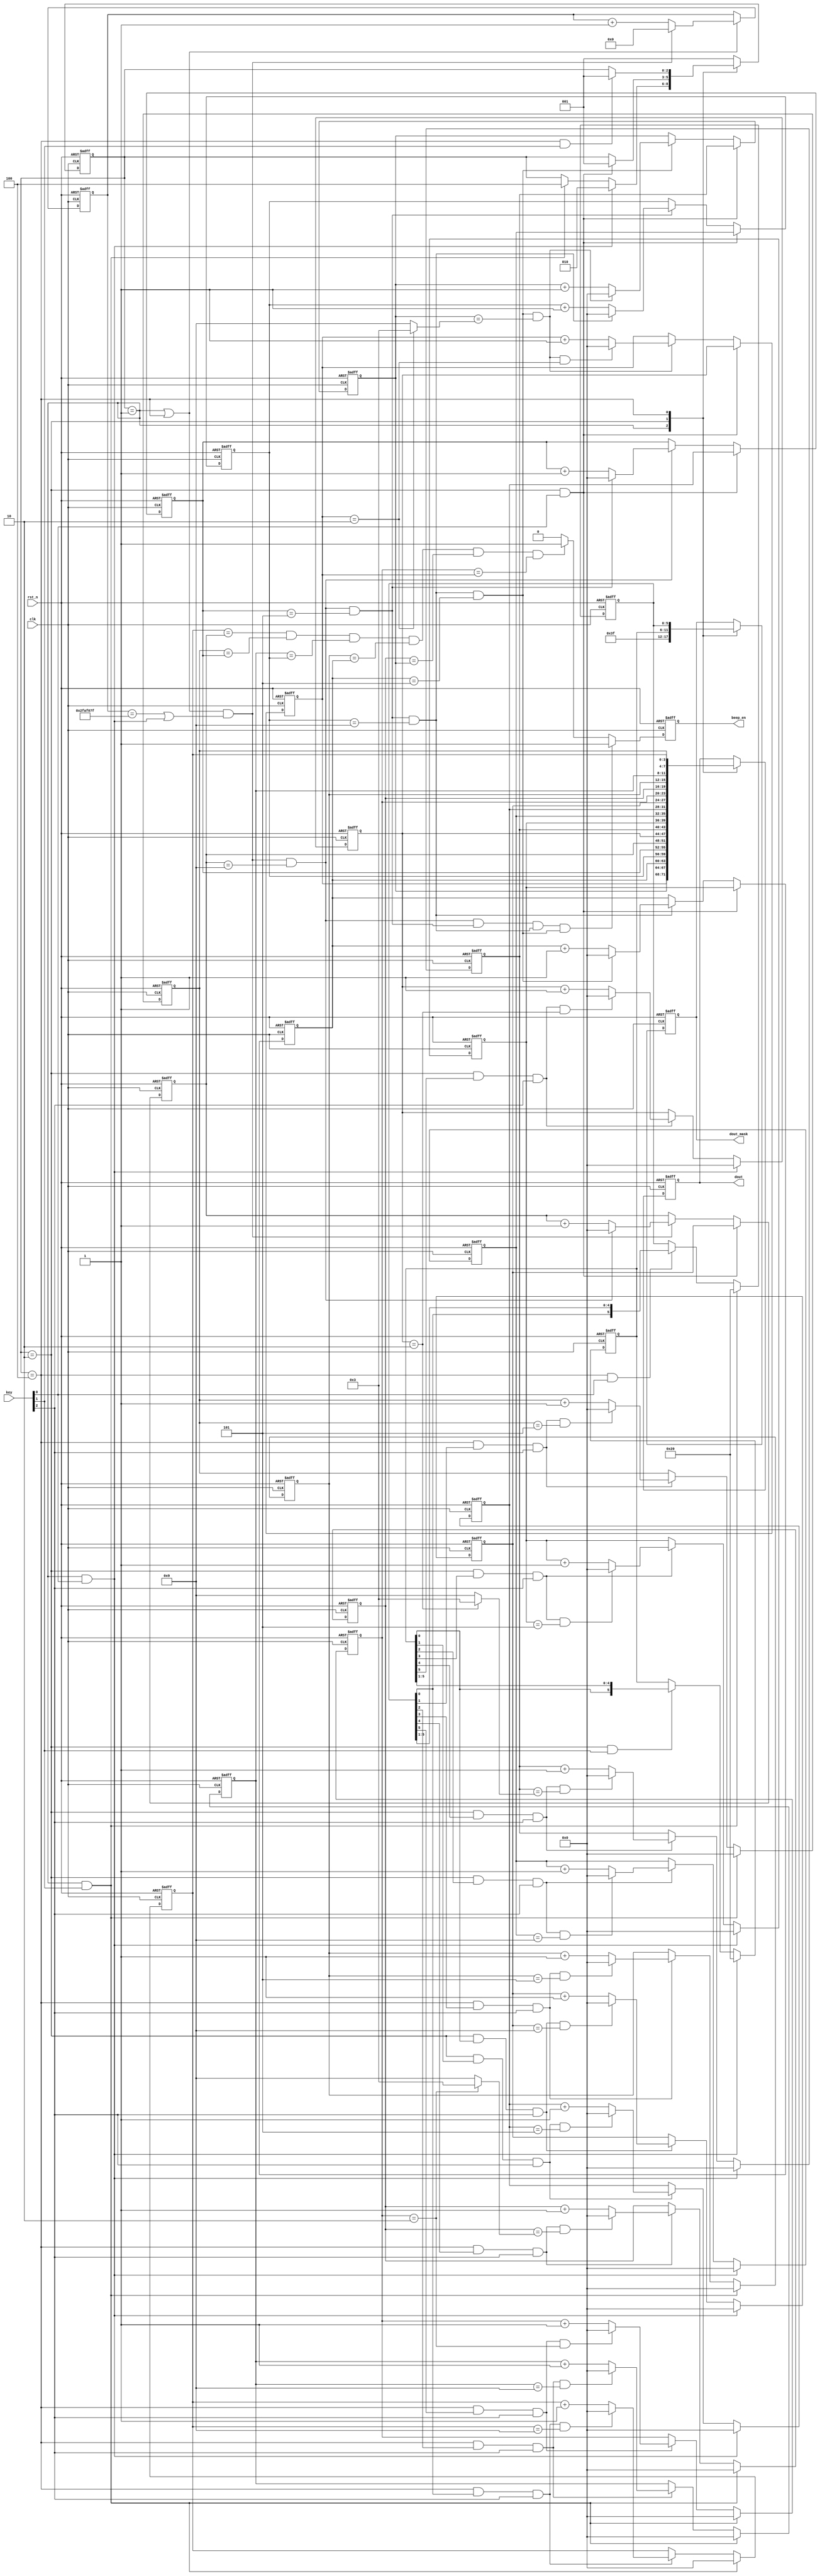
module clock  (
    input                       clk        ,     
    input                       rst_n      ,     
    input       [2:0]           key        ,     
    output  reg [23:0]          dout       ,
    output  reg [5:0]           dout_mask  ,
    output  reg                 beep_en     // 

);

/*************************************************************************			
Description:   IDLE
1key[0]:key[1]:
   key[2]:key[0]:
2key[1]:key[0]:
   key[2]:key[1]
3
*********************************************************************************/

parameter   TIME_1S = 5000_0000        ;
parameter   CURRENT_TIME = 24'h10_00_00;//
parameter   ALARM_TIME   = 24'h10_02_00;//

//
    localparam  IDLE      = 3'b001,//
                SET_TIME  = 3'b010,//
                SET_ALARM = 3'b100;//

//
reg     [2:0]     state_c     ;
reg     [2:0]     state_n     ;

reg     [25:0]    cnt_1s      ;//1s
wire              add_cnt_1s  ;
wire              end_cnt_1s  ;

reg   [3:0]       cnt_s_g      ;//
wire              add_cnt_s_g  ;
wire              end_cnt_s_g  ;
     
reg   [3:0]       cnt_s_s      ;//s
wire              add_cnt_s_s  ;
wire              end_cnt_s_s  ;
     
reg   [3:0]       cnt_m_g      ;//
wire              add_cnt_m_g  ;
wire              end_cnt_m_g  ;
     
reg   [3:0]       cnt_m_s      ;//s
wire              add_cnt_m_s  ;
wire              end_cnt_m_s  ;
     
reg   [3:0]       cnt_h_g      ;//
wire              add_cnt_h_g  ;
wire              end_cnt_h_g  ;
    
reg   [3:0]       cnt_h_s      ;//s
wire              add_cnt_h_s  ;
wire              end_cnt_h_s  ;

reg   [3:0]       set_s_g      ;// 
wire              add_set_s_g  ;
wire              end_set_s_g  ; 
reg   [3:0]       set_s_s      ;// 
wire              add_set_s_s  ;
wire              end_set_s_s  ;   
reg   [3:0]       set_m_g      ;//
wire              add_set_m_g  ;
wire              end_set_m_g  ;     
reg   [3:0]       set_m_s      ;//
wire              add_set_m_s  ;
wire              end_set_m_s  ;    
reg   [3:0]       set_h_g      ;//
wire              add_set_h_g  ;
wire              end_set_h_g  ;    
reg   [3:0]       set_h_s      ;//  
wire              add_set_h_s  ;
wire              end_set_h_s  ;  
reg   [5:0]       set_flag     ;//

reg   [3:0]       alarm_s_g    ;//
wire              add_alarm_s_g; 
wire              end_alarm_s_g; 
reg   [3:0]       alarm_s_s    ;//
wire              add_alarm_s_s; 
wire              end_alarm_s_s;    
reg   [3:0]       alarm_m_g    ;// 
wire              add_alarm_m_g; 
wire              end_alarm_m_g;    
reg   [3:0]       alarm_m_s    ;//
wire              add_alarm_m_s; 
wire              end_alarm_m_s;    
reg   [3:0]       alarm_h_g    ;//
wire              add_alarm_h_g; 
wire              end_alarm_h_g;    
reg   [3:0]       alarm_h_s    ;//
wire              add_alarm_h_s; 
wire              end_alarm_h_s;    
reg   [5:0]       alarm_flag   ;//

wire              idle2set_time   ;
wire              idle2set_alarm  ;
wire              set_time2idle   ;
wire              set_alaram2idle ;

//
always @(posedge clk or negedge rst_n)begin 
    if(!rst_n)begin
        state_c <= IDLE;
    end 
    else begin 
        state_c <= state_n;
    end 
end

always @(*)begin 
    case(state_c)
        IDLE     :begin 
            if(idle2set_time)
                state_n = SET_TIME;
            else if(idle2set_alarm)
                state_n = SET_ALARM;
            else 
                state_n = state_c;
        end 
        SET_TIME :begin 
            if(set_time2idle)
                state_n = IDLE;
            else 
                state_n = state_c;
        end 
        SET_ALARM:begin 
            if(set_alaram2idle)
                state_n = IDLE;
            else 
                state_n = state_c;
        end 
        default:state_n = IDLE;
    endcase 
end

assign idle2set_time   = state_c == IDLE      && (key[0]);  
assign idle2set_alarm  = state_c == IDLE      && (key[1]);  
assign set_time2idle   = state_c == SET_TIME  && (key[0]);  
assign set_alaram2idle = state_c == SET_ALARM && (key[1]);  

//
always @(posedge clk or negedge rst_n)begin 
    if(!rst_n)begin
        cnt_1s <= 0;
    end 
    else if(add_cnt_1s)begin 
        if(end_cnt_1s)begin 
            cnt_1s <= 0;
        end
        else begin 
            cnt_1s <= cnt_1s + 1;
        end 
    end
end 
assign add_cnt_1s = state_c == IDLE | state_c == SET_ALARM;//
assign end_cnt_1s = add_cnt_1s && (cnt_1s == TIME_1S-1 | idle2set_time);//


always @(posedge clk or negedge rst_n)begin 
   if(!rst_n)begin
        cnt_s_g <= CURRENT_TIME[3:0];
    end
    else if(set_time2idle)begin //
        cnt_s_g <= set_s_g;
    end 
    else if(add_cnt_s_g)begin 
            if(end_cnt_s_g)begin 
                cnt_s_g <= 0;
            end
            else begin 
                cnt_s_g <= cnt_s_g + 1;
            end 
    end
   else  begin
       cnt_s_g <= cnt_s_g;
    end
end 

assign add_cnt_s_g = end_cnt_1s;
assign end_cnt_s_g = add_cnt_s_g && cnt_s_g == 9;

//
always @(posedge clk or negedge rst_n)begin 
   if(!rst_n)begin
        cnt_s_s <= CURRENT_TIME[7:4];
    end 
    else if(set_time2idle)begin //
        cnt_s_s <= set_s_s;
    end 
    else if(add_cnt_s_s)begin 
            if(end_cnt_s_s)begin 
                cnt_s_s <= 0;
            end
            else begin 
                cnt_s_s <= cnt_s_s + 1;
            end 
    end
   else  begin
       cnt_s_s <= cnt_s_s;
    end
end 

assign add_cnt_s_s = end_cnt_s_g;
assign end_cnt_s_s = add_cnt_s_s && cnt_s_s == 5;

//
always @(posedge clk or negedge rst_n)begin 
   if(!rst_n)begin
        cnt_m_g <= CURRENT_TIME[11:8];
    end
    else if(set_time2idle)begin //
        cnt_m_g <= set_m_g;
    end  
    else if(add_cnt_m_g)begin 
            if(end_cnt_m_g)begin 
                cnt_m_g <= 0;
            end
            else begin 
                cnt_m_g <= cnt_m_g + 1;
            end 
    end
   else  begin
       cnt_m_g <= cnt_m_g;
    end
end 

assign add_cnt_m_g = end_cnt_s_s;
assign end_cnt_m_g = add_cnt_m_g && cnt_m_g == 9;

always @(posedge clk or negedge rst_n)begin 
   if(!rst_n)begin
        cnt_m_s <= CURRENT_TIME[15:12];
    end 
    else if(set_time2idle)begin //
        cnt_m_s <= set_m_s;
    end 
    else if(add_cnt_m_s)begin 
            if(end_cnt_m_s)begin 
                cnt_m_s <= 0;
            end
            else begin 
                cnt_m_s <= cnt_m_s + 1;
            end 
    end
   else  begin
       cnt_m_s <= cnt_m_s;
    end
end 

assign add_cnt_m_s = end_cnt_m_g;
assign end_cnt_m_s = add_cnt_m_s && cnt_m_s == 5;

always @(posedge clk or negedge rst_n)begin 
   if(!rst_n)begin
        cnt_h_g <= CURRENT_TIME[19:16];
    end 
    else if(set_time2idle)begin //
        cnt_h_g <= set_h_g;
    end 
    else if(add_cnt_h_g)begin 
            if(end_cnt_h_g)begin 
                cnt_h_g <= 0;
            end
            else begin 
                cnt_h_g <= cnt_h_g + 1;
            end 
    end
   else  begin
       cnt_h_g <= cnt_h_g;
    end
end 

assign add_cnt_h_g = end_cnt_m_s;
assign end_cnt_h_g = add_cnt_h_g && (cnt_h_g == ((cnt_h_s == 2)?3:9));

//
always @(posedge clk or negedge rst_n)begin 
   if(!rst_n)begin
        cnt_h_s <= CURRENT_TIME[23:20];
    end 
    else if(set_time2idle)begin //
        cnt_h_s <= set_h_s;
    end 
    else if(add_cnt_h_s)begin 
            if(end_cnt_h_s)begin 
                cnt_h_s <= 0;
            end
            else begin 
                cnt_h_s <= cnt_h_s + 1;
            end 
    end
   else  begin
       cnt_h_s <= cnt_h_s;
    end
end 

assign add_cnt_h_s = end_cnt_h_g;
assign end_cnt_h_s = add_cnt_h_s && cnt_h_s == 2;


//set_flag   ,,,key[1]0.5s0.5s
always @(posedge clk or negedge rst_n)begin 
    if(!rst_n)begin
        set_flag <= 6'b00_0000;
    end                                                       //3
    else if(idle2set_time)begin                               //
        set_flag <= 6'b100_000;//           //
    end                                                       //                                                             
    else if(state_c == SET_TIME && key[1])begin  //key[1]
        set_flag <= {set_flag[0],set_flag[5:1]};//
    end 

end

//set_s_g   set_s_s  set_m_g  set_m_s  set_h_g   set_h_s 

//key[2]
always @(posedge clk or negedge rst_n)begin 
    if(!rst_n)begin
        set_s_g <= 0;
    end 
    else if(idle2set_time)begin 
        set_s_g <= 0;
    end 
    else if(add_set_s_g)begin 
            if(end_set_s_g)begin 
                set_s_g <= 0;
            end
            else begin 
                set_s_g <= set_s_g + 1;
            end 
    end
    else  begin
       set_s_g <= set_s_g;
    end
end                                       
assign add_set_s_g = state_c == SET_TIME && set_flag[0] && key[2];
assign end_set_s_g = add_set_s_g && set_s_g == 9;

//key[2]
always @(posedge clk or negedge rst_n)begin 
    if(!rst_n)begin
        set_s_s <= 0;
    end 
    else if(idle2set_time)begin 
        set_s_s <= 0;
    end 
    else if(add_set_s_s)begin 
            if(end_set_s_s)begin 
                set_s_s <= 0;
            end
            else begin 
                set_s_s <= set_s_s + 1;
            end 
    end
    else  begin
       set_s_s <= set_s_s;
    end
end 
assign add_set_s_s = state_c == SET_TIME && set_flag[1] && key[2];
assign end_set_s_s = add_set_s_s && set_s_s == 5;

//key[2]
always @(posedge clk or negedge rst_n)begin 
    if(!rst_n)begin
        set_m_g <= 0;
    end 
    else if(idle2set_time)begin 
        set_m_g <= 0;
    end 
    else if(add_set_m_g)begin 
            if(end_set_m_g)begin 
                set_m_g <= 0;
            end
            else begin 
                set_m_g <= set_m_g + 1;
            end 
    end
    else  begin
       set_m_g <= set_m_g;
    end
end 
assign add_set_m_g = state_c == SET_TIME && set_flag[2] && key[2];
assign end_set_m_g = add_set_m_g && set_m_g == 9;

//key[2]
always @(posedge clk or negedge rst_n)begin 
    if(!rst_n)begin
        set_m_s <= 0;
    end 
    else if(idle2set_time)begin 
        set_m_s <= 0;
    end 
    else if(add_set_m_s)begin 
            if(end_set_m_s)begin 
                set_m_s <= 0;
            end
            else begin 
                set_m_s <= set_m_s + 1;
            end 
    end
    else  begin
       set_m_s <= set_m_s;
    end
end 
assign add_set_m_s = state_c == SET_TIME && set_flag[3] && key[2];
assign end_set_m_s = add_set_m_s && set_m_s == 5;

//key[2]
always @(posedge clk or negedge rst_n)begin 
    if(!rst_n)begin
        set_h_g <= 0;
    end 
    else if(idle2set_time)begin 
        set_h_g <= 0;
    end 
    else if(add_set_h_g)begin 
            if(end_set_h_g)begin 
                set_h_g <= 0;
            end
            else begin 
                set_h_g <= set_h_g + 1;
            end 
    end
    else  begin
       set_h_g <= set_h_g;
    end
end 
assign add_set_h_g = state_c == SET_TIME && set_flag[4] && key[2];
assign end_set_h_g = add_set_h_g && (set_h_g == ((set_h_s == 2)?3:9)) ;


//key[2]
always @(posedge clk or negedge rst_n)begin 
    if(!rst_n)begin
        set_h_s <= 0;
    end 
    else if(idle2set_time)begin 
        set_h_s <= 0;
    end 
    else if(add_set_h_s)begin 
            if(end_set_h_s)begin 
                set_h_s <= 0;
            end
            else begin 
                set_h_s <= set_h_s + 1;
            end 
    end
    else  begin
       set_h_s <= set_h_s;
    end
end 
assign add_set_h_s = state_c == SET_TIME && set_flag[5] && key[2];
assign end_set_h_s  = add_set_h_s && set_h_s == 2;

//alarm_flag
    always @(posedge clk or negedge rst_n)begin 
        if(!rst_n)begin
            alarm_flag <= 0;
        end 
        else if(idle2set_alarm)begin 
            alarm_flag <= 6'b100_000;
        end 
        else if(state_c == SET_ALARM && key[0])begin 
            alarm_flag <= {alarm_flag[0],alarm_flag[5:1]};
        end 
    end

//key[2]
//alarm_s_g
always @(posedge clk or negedge rst_n)begin 
    if(!rst_n)begin
        alarm_s_g <= ALARM_TIME[3:0];
    end 
    else if(idle2set_alarm)begin //
        alarm_s_g <= 0;
    end 
    else if(add_alarm_s_g)begin 
            if(end_alarm_s_g)begin 
                alarm_s_g <= 0;
            end
            else begin 
                alarm_s_g <= alarm_s_g + 1;
            end 
    end
    else  begin
       alarm_s_g <= alarm_s_g;
    end
end 
assign add_alarm_s_g = state_c == SET_ALARM && alarm_flag[0] && key[2];
assign end_alarm_s_g = add_alarm_s_g && alarm_s_g == 9;

                                            
always @(posedge clk or negedge rst_n)begin 
    if(!rst_n)begin
        alarm_s_s <= ALARM_TIME[7:4];
    end 
    else if(idle2set_alarm)begin 
        alarm_s_s <= 0;
    end
    else if(add_alarm_s_s)begin 
            if(end_alarm_s_s)begin 
                alarm_s_s <= 0;
            end
            else begin 
                alarm_s_s <= alarm_s_s + 1;
            end 
    end
    else  begin
       alarm_s_s <= alarm_s_s;
    end
end 
assign add_alarm_s_s = state_c == SET_ALARM && alarm_flag[1] && key[2];
assign end_alarm_s_s = add_alarm_s_s && alarm_s_s == 5;

always @(posedge clk or negedge rst_n)begin 
    if(!rst_n)begin
        alarm_m_g <= ALARM_TIME[11:8];
    end 
    else if(idle2set_alarm)begin 
        alarm_m_g <= 0;
    end
    else if(add_alarm_m_g)begin 
            if(end_alarm_m_g)begin 
                alarm_m_g <= 0;
            end
            else begin 
                alarm_m_g <= alarm_m_g + 1;
            end 
    end
    else  begin
       alarm_m_g <= alarm_m_g;
    end    
end 
assign add_alarm_m_g = state_c == SET_ALARM && alarm_flag[2] && key[2];
assign end_alarm_m_g = add_alarm_m_g && alarm_m_g == 9;
                                        
always @(posedge clk or negedge rst_n)begin 
    if(!rst_n)begin
        alarm_m_s <= ALARM_TIME[15:12];
    end 
    else if(idle2set_alarm)begin 
        alarm_m_s <= 0;
    end
    else if(add_alarm_m_s)begin 
            if(end_alarm_m_s)begin 
                alarm_m_s <= 0;
            end
            else begin 
                alarm_m_s <= alarm_m_s + 1;
            end 
    end
    else  begin
       alarm_m_s <= alarm_m_s;
    end 
end 
assign add_alarm_m_s = state_c == SET_ALARM && alarm_flag[3] && key[2];
assign end_alarm_m_s = add_alarm_m_s && alarm_m_s == 5;

always @(posedge clk or negedge rst_n)begin 
    if(!rst_n)begin
        alarm_h_g <= ALARM_TIME[19:16];
    end 
    else if(idle2set_alarm)begin 
        alarm_h_g <= 0;
    end
    else if(add_alarm_h_g)begin 
            if(end_alarm_h_g)begin 
                alarm_h_g <= 0;
            end
            else begin 
                alarm_h_g <= alarm_h_g + 1;
            end 
    end
    else  begin
       alarm_h_g <= alarm_h_g;
    end 
end 
assign add_alarm_h_g = state_c == SET_ALARM && alarm_flag[4] && key[2];
assign end_alarm_h_g = add_alarm_h_g && alarm_h_g == ((alarm_h_s == 2)?3:9);              
//29
//23


always @(posedge clk or negedge rst_n)begin 
    if(!rst_n)begin
        alarm_h_s <= ALARM_TIME[23:20];
    end 
    else if(idle2set_alarm)begin 
        alarm_h_s <= 0;
    end
    else if(add_alarm_h_s)begin 
            if(end_alarm_h_s)begin 
                alarm_h_s <= 0;
            end
            else begin 
                alarm_h_s <= alarm_h_s + 1;
            end 
    end
    else  begin
       alarm_h_s <= alarm_h_s;
    end 
end 
assign add_alarm_h_s = state_c == SET_ALARM && alarm_flag[5] && key[2];
assign end_alarm_h_s = add_alarm_h_s && alarm_h_s == 2;

//dout   dout_mask 
always @(posedge clk or negedge rst_n)begin 
    if(!rst_n)begin
        dout      <= 0;
        dout_mask <= 6'b000_000;//
    end 
    else begin 
        case(state_c)
            IDLE     :begin 
                dout      <= {cnt_h_s,cnt_h_g,cnt_m_s,cnt_m_g,cnt_s_s,cnt_s_g};//
                dout_mask <= 6'b111_111;//
            end 
            SET_TIME :begin   
                dout      <= {set_h_s,set_h_g,set_m_s,set_m_g,set_s_s,set_s_g};//
                dout_mask <= set_flag;//
            end 
            SET_ALARM:begin 
                dout      <= {alarm_h_s,alarm_h_g,alarm_m_s,alarm_m_g,alarm_s_s,alarm_s_g};
                dout_mask <= alarm_flag;
            end 
            default:;
        endcase 
    end 
end

//beep_en    
always @(posedge clk or negedge rst_n)begin 
    if(!rst_n)begin
        beep_en <= 0;
    end 
    else if(end_cnt_s_g & end_cnt_s_s & end_cnt_m_g & end_cnt_m_s)begin 
        beep_en <= 1'b1;      //
    end 
    else if(alarm_s_g == cnt_s_g & alarm_s_s == cnt_s_s & alarm_m_g == cnt_m_g & alarm_m_s == cnt_m_s & alarm_h_g == cnt_h_g & alarm_h_s == cnt_h_s)begin 
        beep_en <= 1'b1;      //
    end 
    else begin 
        beep_en <= 1'b0;
    end 
end



endmodule